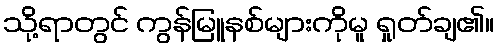
သို့ရာတွင် ကွန်မြူနစ်များကိုမူ ရှုတ်ချ၏။